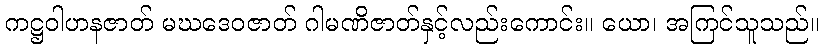
ကဋ္ဌဝါဟနဇာတ် မဃဒေဝဇာတ် ဂါမဏိဇာတ်နှင့်လည်းကောင်း။ ယော၊ အကြင်သူသည်။